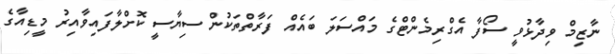
ނާޒިމް ވިދާޅުވީ ސޯފާ އެގްރިމެންޓްގެ މައްސަލަ ބައެއް ފަރާތްތަކުން ސިޔާސީ ކޮށްލާފައިވާއިރު މީޑިއާގެ